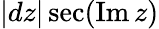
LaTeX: |dz|\sec(\operatorname{Im}z)